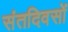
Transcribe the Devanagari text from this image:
संतदिवसों